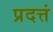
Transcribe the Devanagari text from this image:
प्रदत्तं